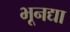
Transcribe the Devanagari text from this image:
भूनद्या